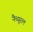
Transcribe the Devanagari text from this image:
नैच्यूरल